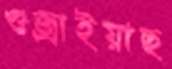
গুজ্‌রাইয়াছ